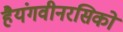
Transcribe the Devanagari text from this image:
हैयंगवीनरसिको